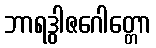
ဘာရဒွါဇဂေါတ္တော